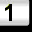
Digit: 1